Lunatic asylums Madras 1877-1891 - 1877-1891
Year: 1877
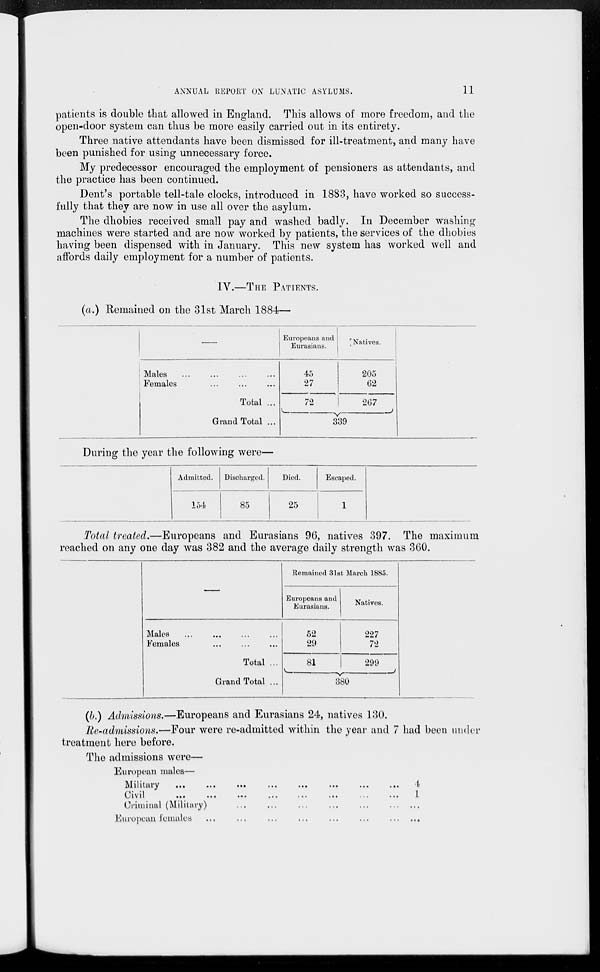
ANNUAL REPORT ON LUNATIC ASYLUMS.
11
patients is double that allowed in England. This allows of more freedom, and the
open-door system can thus be more easily carried out in its entirety.
Three native attendants have been dismissed for ill-treatment, and many have
been punished for using unnecessary force.
My predecessor encouraged the employment of pensioners as attendants, and
the practice has been continued.
Dent's portable tell-tale clocks, introduced in 1883, have worked so success-
fully that they are now in use all over the asylum.
The dhobies received small pay and washed badly. In December washing
machines were started and are now worked by patients, the services of the dhobies
having been dispensed with in January. This new system has worked well and
affords daily employment for a number of patients.
IV.—THE PATIENTS.
(a.) Remained on the 31st March 1884—
—
Males ... ... ... ...
Females ... ... ...
Total ...
Grand Total ...
Europeans and
Eurasians.
45
27
72
Natives.
205
62
267
339
During the year the following were—
Admitted.
154
Discharged.
85
Died.
25
Escaped.
1
Total treated.—Europeans and Eurasians 96, natives 397. The maximum
reached on any one day was 382 and the average daily strength was 360.
—
Males ... ... ... ...
Females ... ... ...
Total ...
Grand Total ...
Remained 31st March 1885.
Europeans and
Eurasians.
52
29
81
Natives.
227
72
299
380
(b.) Admissions.—Europeans and Eurasians 24, natives 130.
Re-admissions.—Four were re-admitted within the year and 7 had been under
treatment here before.
The admissions were—
European males—
Military
...
...
...
...
...
...
...
...
Civil ... ... ... ... ... ... ... ...
Criminal (Military) ... ... ... ... ... ...
European females ... ... ... ... ... ... ...
4
1
...
...